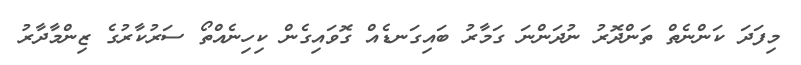
މިފަދަ ކަންނެތް ތަންދޮރު ނުދަންނަ ގަމާރު ބައިގަނޑެއް ގޮވައިގެން ކިހިނެއްތޯ ސަރުކާރުގެ ޒިންމާދާރު